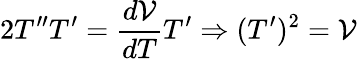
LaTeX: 2T^{\prime\prime}T^{\prime}=\frac{d\mathcal{V}}{dT}T^{\prime}\Rightarrow(T^{\prime})^{2}=\mathcal{V}